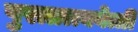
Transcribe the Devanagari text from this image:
पुरातत्त्ववेत्ती